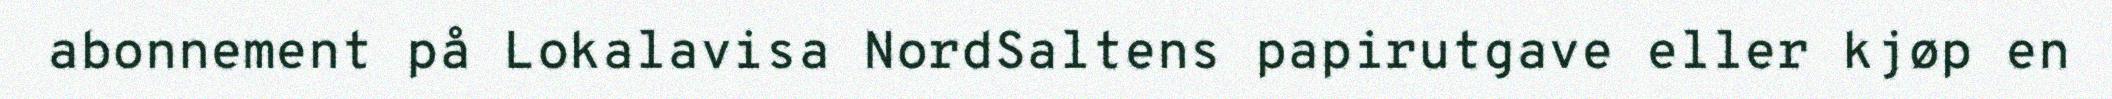
abonnement på Lokalavisa NordSaltens papirutgave eller kjøp en